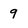
Character: 9